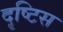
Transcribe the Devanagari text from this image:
दृष्टिस